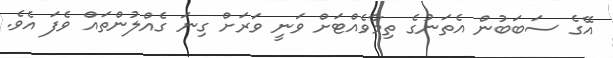
އޭގެ ސަބަބުން އެތަނުގެ ތިމާވެއްޓަށް ވަނީ ވަރަށް ގިނަ ގެއްލުންތައް ވެފަ އެވެ.